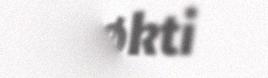
gøøkti